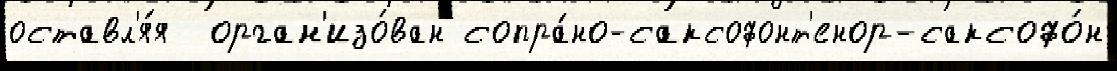
оставл'я́я  орган'изо́ван сопра́но-саксофонт'енор-саксофо́н